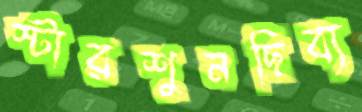
স্টারশুনছিব্য